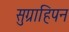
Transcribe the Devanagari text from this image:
सुग्राहिपन